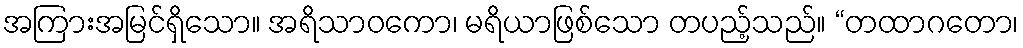
အကြားအမြင်ရှိသော။ အရိသာဝကော၊ မရိယာဖြစ်သော တပည့်သည်။ “တထာဂတော၊